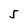
Character: 5